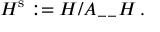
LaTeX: { \cal H } ^ { \mathrm { s } } : = { \cal H } / { \cal A } _ { -- } { \cal H } \, .